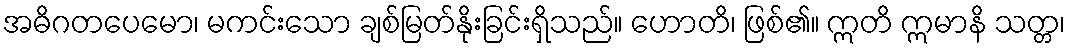
အဓိဂတပေမော၊ မကင်းသော ချစ်မြတ်နိုးခြင်းရှိသည်။ ဟောတိ၊ ဖြစ်၏။ ဣတိ ဣမာနိ သတ္တ၊